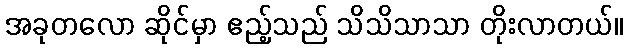
အခုတလော ဆိုင်မှာ ဧည့်သည် သိသိသာသာ တိုးလာတယ်။